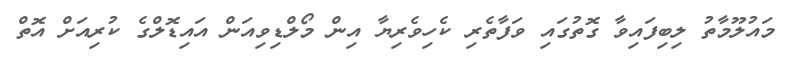
މައުލޫމާތު ލިބިފައިވާ ގޮތުގައި ވަފާތެރި ކެހިވެރިޔާ އިން މޯލްޑިވިއަން އައިޑޮލްގެ ކުރިއަށް އޮތް